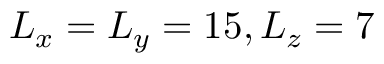
L _ { x } = L _ { y } = 1 5 , L _ { z } = 7